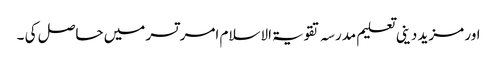
اور مزید دینی تعلیم مدرسہ تقویۃ الاسلام امر تسر میں حاصل کی ۔